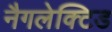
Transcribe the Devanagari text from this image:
नैगलेक्टिड